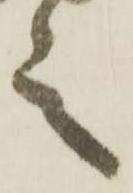
言